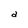
Character: d